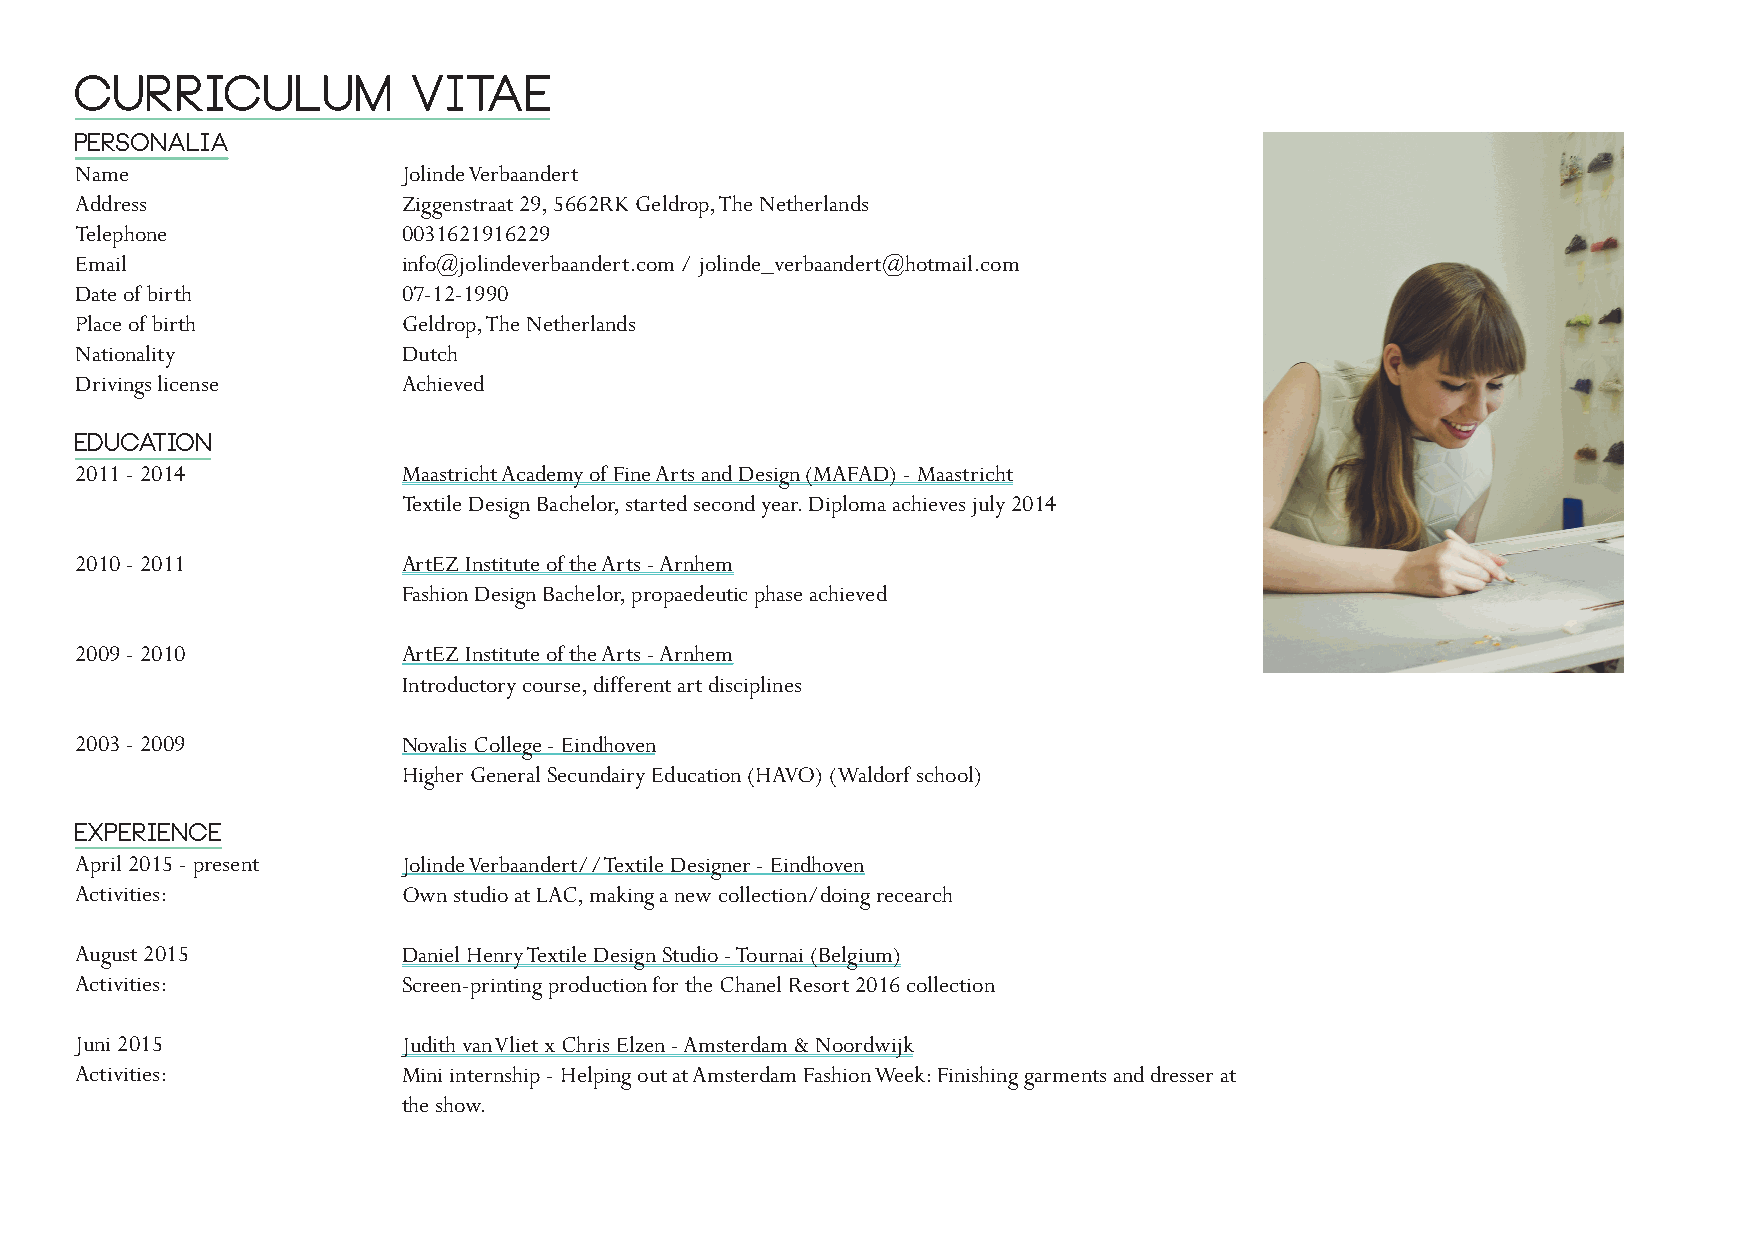
CURRICULUM            VITAE
 Personalia
 Name                  Jolinde Verbaandert
 Address               Ziggenstraat 29, 5662RK Geldrop, The Netherlands
 Telephone             0031621916229
 Email                 info@jolindeverbaandert.com / jolinde_verbaandert@hotmail.com
 Date of birth         07-12-1990
 Place of birth        Geldrop, The Netherlands
 Nationality           Dutch
 Drivings license      Achieved
 Education
 2011 - 2014           Maastricht Academy of Fine Arts and Design (MAFAD) - Maastricht
 Textile Design Bachelor, started second year. Diploma achieves july 2014
 2010 - 2011           ArtEZ Institute of the Arts - Arnhem
 Fashion Design Bachelor, propaedeutic phase achieved
 2009 - 2010           ArtEZ Institute of the Arts - Arnhem
 Introductory course, different art disciplines
 2003 - 2009           Novalis College - Eindhoven
 Higher General Secundairy Education (HAVO) (Waldorf school)
 Experience
 April 2015 - present  Jolinde Verbaandert//Textile Designer - Eindhoven
 Activities:           Own studio at LAC, making a new collection/doing recearch
 August 2015           Daniel Henry Textile Design Studio - Tournai (Belgium)
 Activities:           Screen-printing production for the Chanel Resort 2016 collection
 Juni 2015             Judith van Vliet x Chris Elzen - Amsterdam & Noordwijk
 Activities:           Mini internship - Helping out at Amsterdam Fashion Week: Finishing garments and dresser at
 the show.